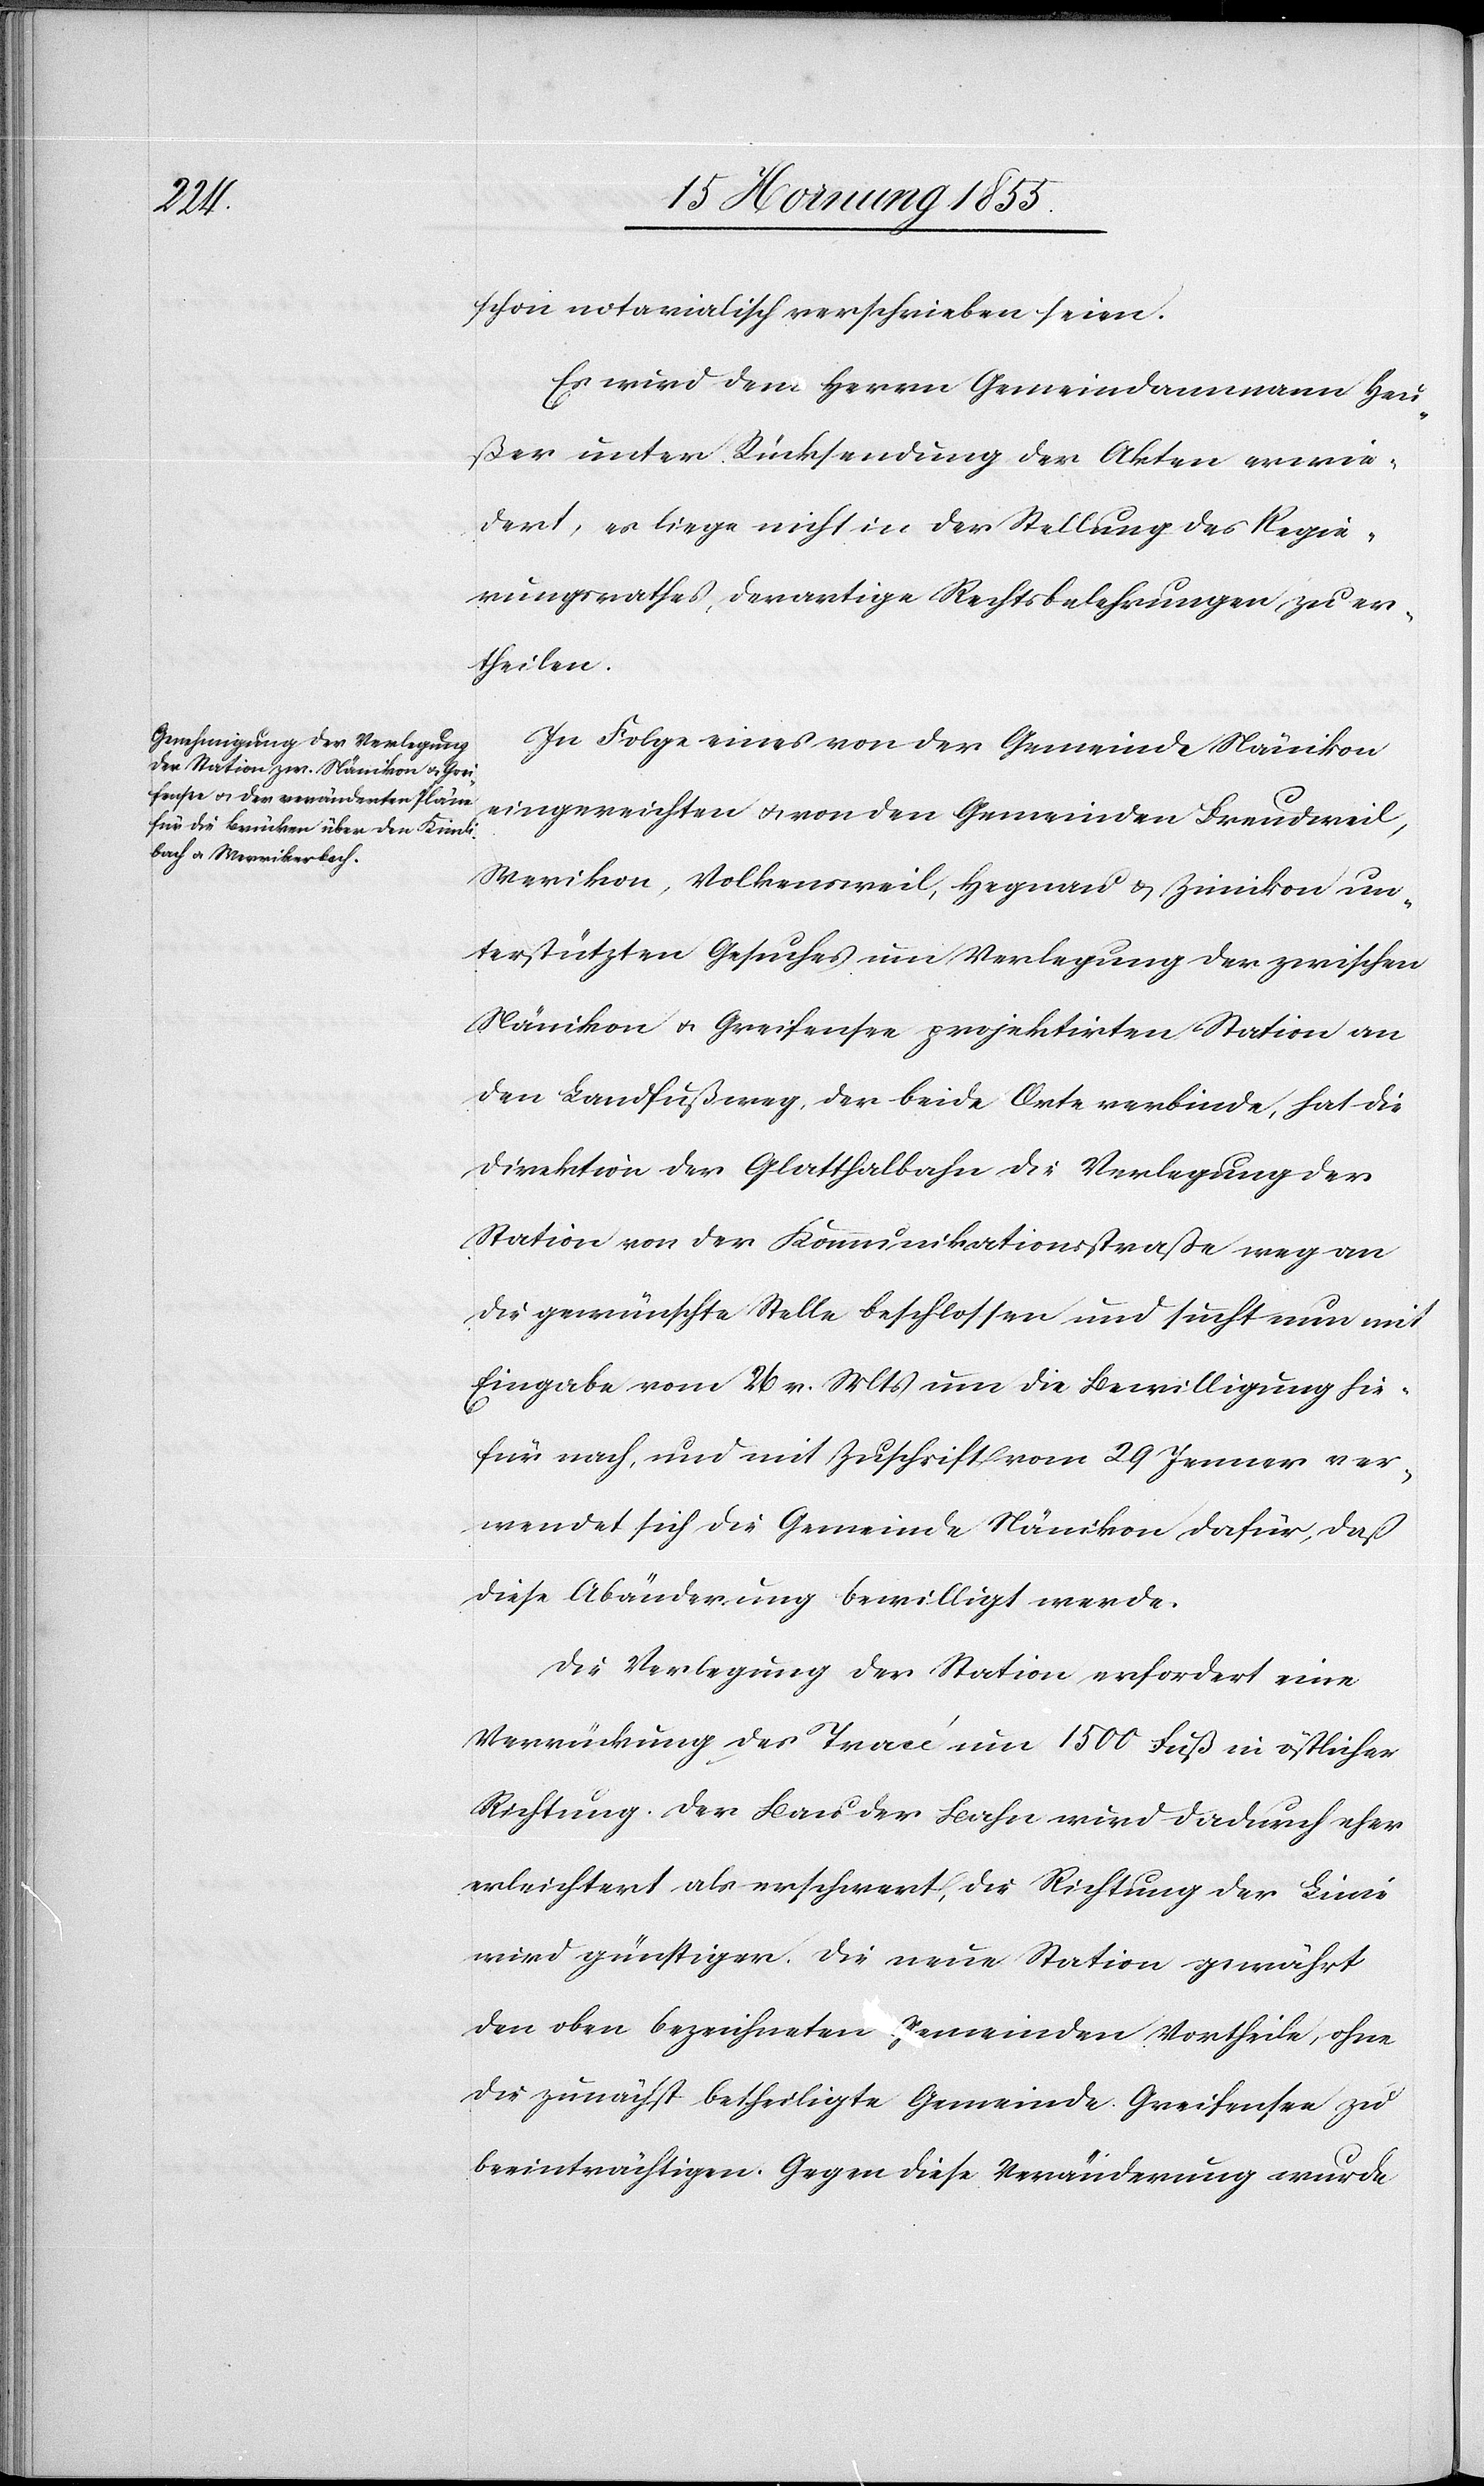
schon notarialisch verschrieben seien.
Es wird dem Herrn Gemeindammann Heu¬
ßer unter Rücksendung der Akten erwie¬
dert, es liege nicht in der Stellung des Regie¬
rungsrathes, derartige Rechtsbelehrungen zu er¬
theilen.
In Folge eines von der Gemeinde Nänikon
eingereichten & von den Gemeinden Freudweil,
Werikon, Volkensweil, Hegnau & Zimikon un¬
terstützten Gesuches um Verlegung der zwischen
Nänikon & Greifensee projektirten Station an
den Landfußweg, der beide Orte verbinde, hat die
Direktion der Glatthalbahn die Verlegung der
Station von der Kommunikationsstraße weg an
die gewünschte Stelle beschlossen und sucht nun mit
Eingabe vom 26 v. Mts um die Bewilligung hie¬
für nach, und mit Zuschrift vom 29 Jenner ver¬
wendet sich die gemeinde Nänikon dafür, daß
diese Abänderung bewilligt werde.
Die Verlegung der Station erfordert eine
Verrückung des Tracé um 1500 Fuß in östlicher
Richtung. Der Bau der Bahn wird dadurch eher
erleichtert als erschwert, die Richtung der Linie
wird günstiger. Die neue Station gewährt
den oben bezeichneten Gemeinden Vortheile, ohne
die zunächst betheiligte Gemeinde Greifensee zu
beeinträchtigen. Gegen diese Veränderung wurde